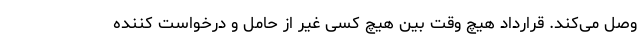
وصل می‌کند. قرارداد هیچ وقت بین هیچ کسی غیر از حامل و درخواست کننده